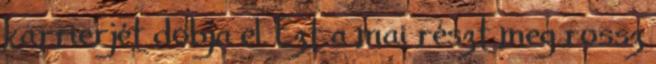
karrierjét dobja el. Ezt a mai részt meg rossz